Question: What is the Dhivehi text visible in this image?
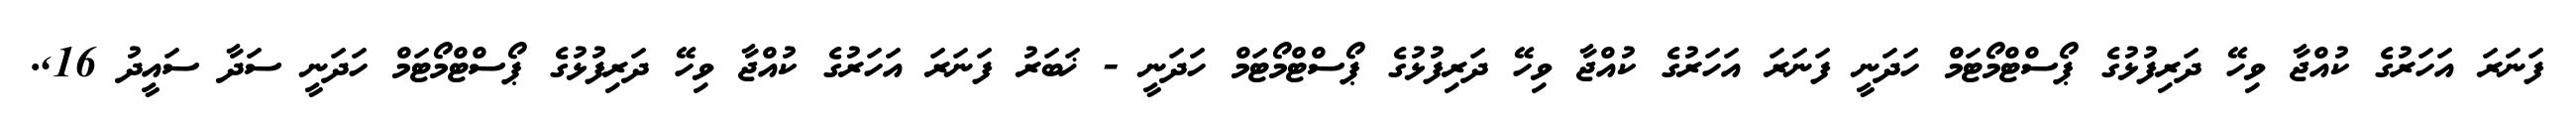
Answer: ފަނަރަ އަހަރުގެ ކުއްޖާ ވިހޭ ދަރިފުޅުގެ ޕޯސްޓްމޯޓަމް ހަދަނީ ފަނަރަ އަހަރުގެ ކުއްޖާ ވިހޭ ދަރިފުޅުގެ ޕޯސްޓްމޯޓަމް ހަދަނީ - ޚަބަރު ފަނަރަ އަހަރުގެ ކުއްޖާ ވިހޭ ދަރިފުޅުގެ ޕޯސްޓްމޯޓަމް ހަދަނީ ސަދާ ސައީދު 16,.